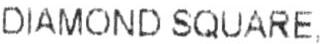
DIAMOND SQUARE,